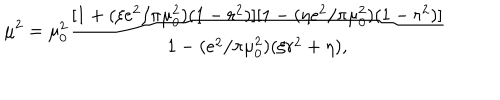
\mu ^ { 2 } = \mu _ { 0 } ^ { 2 } { \frac { [ 1 + ( \xi e ^ { 2 } / \pi \mu _ { 0 } ^ { 2 } ) ( 1 - r ^ { 2 } ) ] [ 1 - ( \eta e ^ { 2 } / \pi \mu _ { 0 } ^ { 2 } ) ( 1 - r ^ { 2 } ) ] } { 1 - ( e ^ { 2 } / \pi \mu _ { 0 } ^ { 2 } ) ( \xi r ^ { 2 } + \eta ) , } }